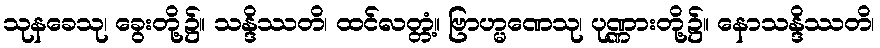
သုနခေသု၊ ခွေးတို့၌။ သန္ဒိဿတိ၊ ထင်လတ္တံ့။ ဗြာဟ္မဏေသု၊ ပုဏ္ဏားတို့၌။ နောသန္ဒိဿတိ၊